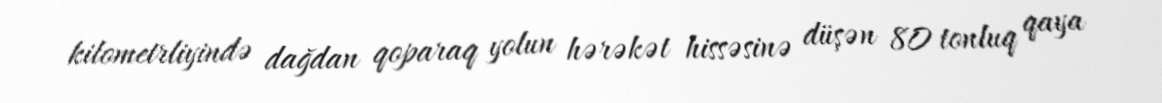
kilometrliyində dağdan qoparaq yolun hərəkət hissəsinə düşən 80 tonluq qaya